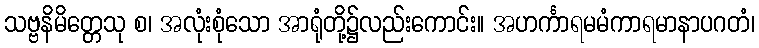
သဗ္ဗနိမိတ္တေသု စ၊ အလုံးစုံသော အာရုံတို့၌လည်းကောင်း။ အဟင်္ကာရမမံကာရမာနာပဂတံ၊